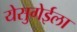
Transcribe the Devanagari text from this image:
येसुगेईला